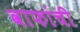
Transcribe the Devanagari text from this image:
वाफांची